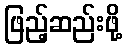
ဖြည့်ဆည်းဖို့